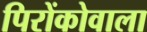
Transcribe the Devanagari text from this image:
पिरोंकोवाला